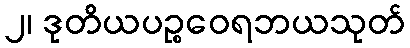
၂၊ ဒုတိယပဉ္စဝေရဘယသုတ်